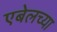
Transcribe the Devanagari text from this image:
एबेलच्या